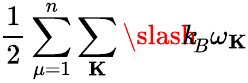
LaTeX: \frac{1}{2}\sum_{\mu=1}^{n}\sum_{\mathbf K}{\slash\! \! \! k}_{\! {B}}\omega_{\mathbf K}